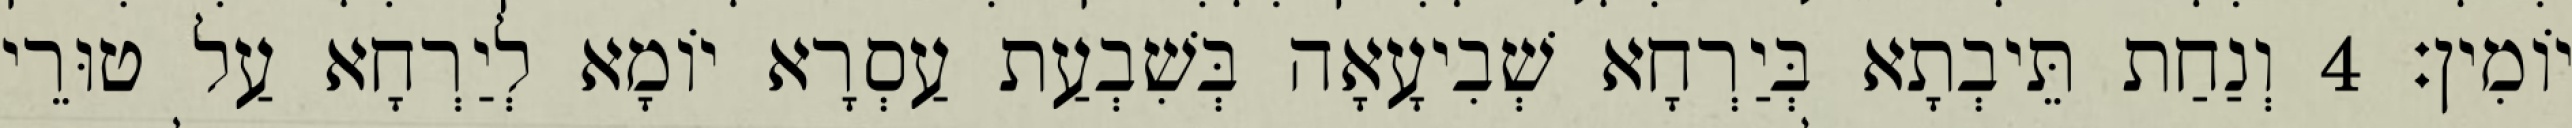
יוֹמִין׃ 4 וְנַחַת תֵּיבְתָא בְּיַרְחָא שְׁבִיעָאָה בְּשִׁבְעַת עַסְרָא יוֹמָא לְיַרְחָא עַל טוּרֵי